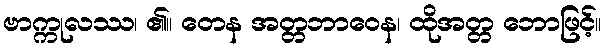
ဗာက္ကုလဿ၊ ၏။ တေန အတ္တဘာဝေန၊ ထိုအတ္တ ဘောဖြင့်။